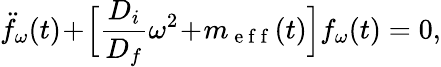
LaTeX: \ddot{f}_{\omega}(t)\! +\! \Big[\frac{D_{i}}{D_{f}}\omega^{2}\! +\! m_{\mathrm{~e~f~f~}}(t)\Big]f_{\omega}(t)=0,